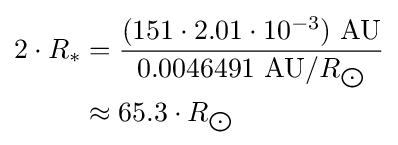
{\begin{aligned}2\cdot R_{*}&={\frac {(151\cdot 2.01\cdot 10^{-3})\ {\text{AU}}}{0.0046491\ {\text{AU}}/R_{\bigodot }}}\\&\approx 65.3\cdot R_{\bigodot }\end{aligned}}